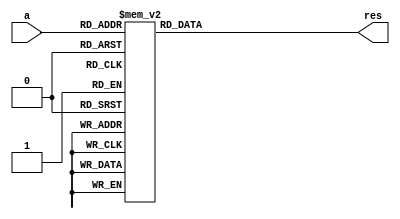
module decode7seg(
input [3:0] a,
output reg [6:0] res
);
always @(*)
begin 
	case(a)
		0 : res = 7'b0000001;
		1 : res = 7'b1001111;
		2 : res = 7'b0010010;
		3 : res = 7'b0000110;
		4 : res = 7'b1001100;
		5 : res = 7'b0100100;
		6 : res = 7'b0100000;
		7 : res = 7'b0001111;
		8 : res = 7'b0000000;
		9 : res = 7'b0000100;
		10 : res = 7'b0001000;
		11 : res = 7'b1100000;
		12 : res = 7'b0110001;
		13 : res = 7'b1000010;
		14 : res = 7'b0110000;
		15 : res = 7'b0111000;
	endcase
end
endmodule